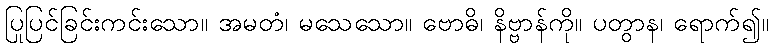
ပြုပြင်ခြင်းကင်းသော။ အမတံ၊ မသေသော။ ဗောဓိ၊ နိဗ္ဗာန်ကို။ ပတွာန၊ ရောက်၍။